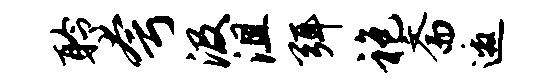
聆夸汲沮弭袍斋邀